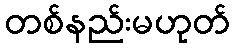
တစ်နည်းမဟုတ်